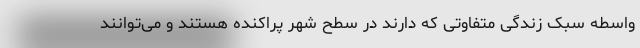
واسطه سبک زندگی متفاوتی که دارند در سطح شهر پراکنده هستند و می‌توانند